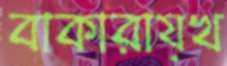
বাকারায়খ